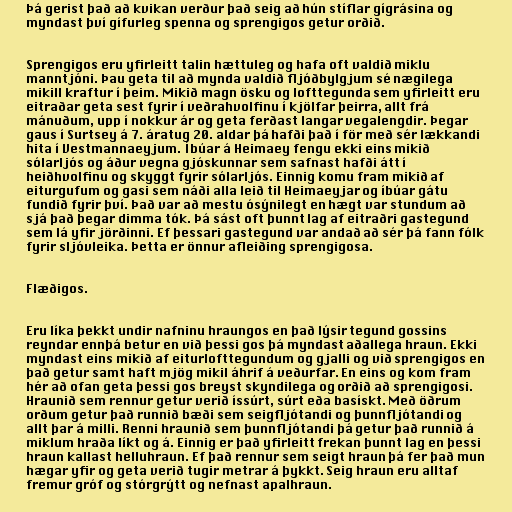
Þá gerist það að kvikan verður það seig að hún stíflar gígrásina og
myndast því gífurleg spenna og sprengigos getur orðið.

Sprengigos eru yfirleitt talin hættuleg og hafa oft valdið miklu
manntjóni. Þau geta til að mynda valdið fljóðbylgjum sé nægilega
mikill kraftur í þeim. Mikið magn ösku og lofttegunda sem yfirleitt eru
eitraðar geta sest fyrir í veðrahvolfinu í kjölfar þeirra, allt frá
mánuðum, upp í nokkur ár og geta ferðast langar vegalengdir. Þegar
gaus í Surtsey á 7. áratug 20. aldar þá hafði það í för með sér lækkandi
hita í Vestmannaeyjum. Íbúar á Heimaey fengu ekki eins mikið
sólarljós og áður vegna gjóskunnar sem safnast hafði átt í
heiðhvolfinu og skyggt fyrir sólarljós. Einnig komu fram mikið af
eiturgufum og gasi sem náði alla leið til Heimaeyjar og íbúar gátu
fundið fyrir því. Það var að mestu ósýnilegt en hægt var stundum að
sjá það þegar dimma tók. Þá sást oft þunnt lag af eitraðri gastegund
sem lá yfir jörðinni. Ef þessari gastegund var andað að sér þá fann fólk
fyrir sljóvleika. Þetta er önnur afleiðing sprengigosa.

Flæðigos.

Eru líka þekkt undir nafninu hraungos en það lýsir tegund gossins
reyndar ennþá betur en við þessi gos þá myndast aðallega hraun. Ekki
myndast eins mikið af eiturlofttegundum og gjalli og við sprengigos en
það getur samt haft mjög mikil áhrif á veðurfar. En eins og kom fram
hér að ofan geta þessi gos breyst skyndilega og orðið að sprengigosi.
Hraunið sem rennur getur verið íssúrt, súrt eða basískt. Með öðrum
orðum getur það runnið bæði sem seigfljótandi og þunnfljótandi og
allt þar á milli. Renni hraunið sem þunnfljótandi þá getur það runnið á
miklum hraða líkt og á. Einnig er það yfirleitt frekan þunnt lag en þessi
hraun kallast helluhraun. Ef það rennur sem seigt hraun þá fer það mun
hægar yfir og geta verið tugir metrar á þykkt. Seig hraun eru alltaf
fremur gróf og stórgrýtt og nefnast apalhraun.